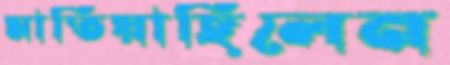
মাতিয়াছিলেন